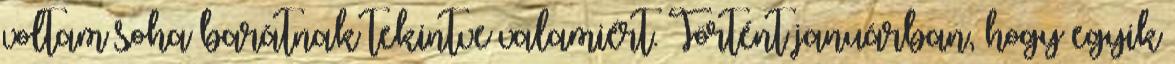
voltam soha barátnak tekintve valamiért. Történt januárban, hogy egyik